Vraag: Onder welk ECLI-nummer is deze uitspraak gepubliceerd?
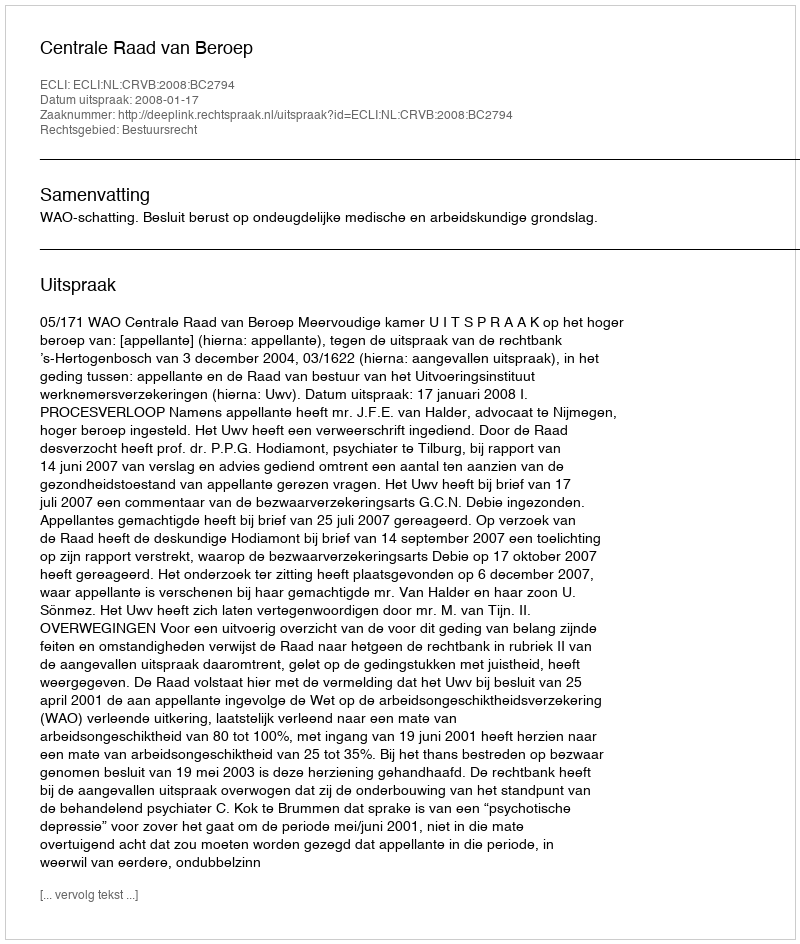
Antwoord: ECLI:NL:CRVB:2008:BC2794